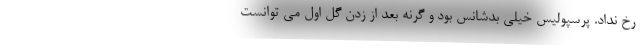
رخ نداد. پرسپولیس خیلی بدشانس بود و گرنه بعد از زدن گل اول می ‌توانست